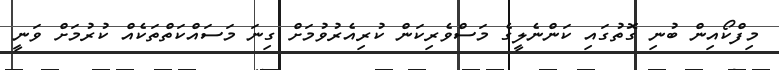
މިފްކޯއިން ބުނި ގޮތުގައި ކަންނެލީގެ މަސްވެރިކަން ކުރިއެރުވުމަށް ގިނަ މަސައްކަތްތަކެއް ކުރުމަށް ވަނީ